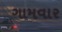
ગામવાર